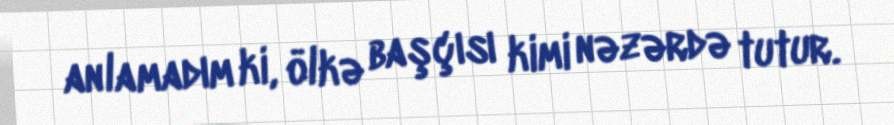
anlamadım ki, ölkə başçısı kimi nəzərdə tutur.